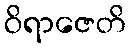
ဝိရာဇေတိ